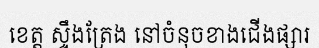
ខេត្ត ស្ទឹងត្រែង នៅចំនុចខាងជើងផ្សារ